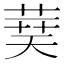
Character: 𦴐